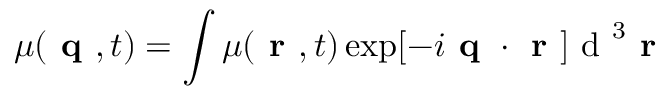
\mu ( \textbf { q } , t ) = \int \mu ( \textbf { r } , t ) \exp [ - i \textbf { q } \cdot \textbf { r } ] \textrm { d } ^ { 3 } \textbf { r }